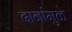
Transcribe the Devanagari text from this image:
दानांमुळे